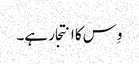
وِس کا انتجار ہے۔